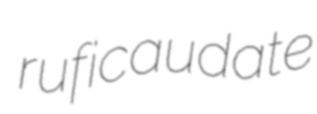
ruficaudate